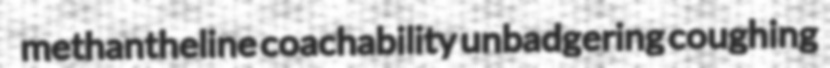
methantheline coachability unbadgering coughing